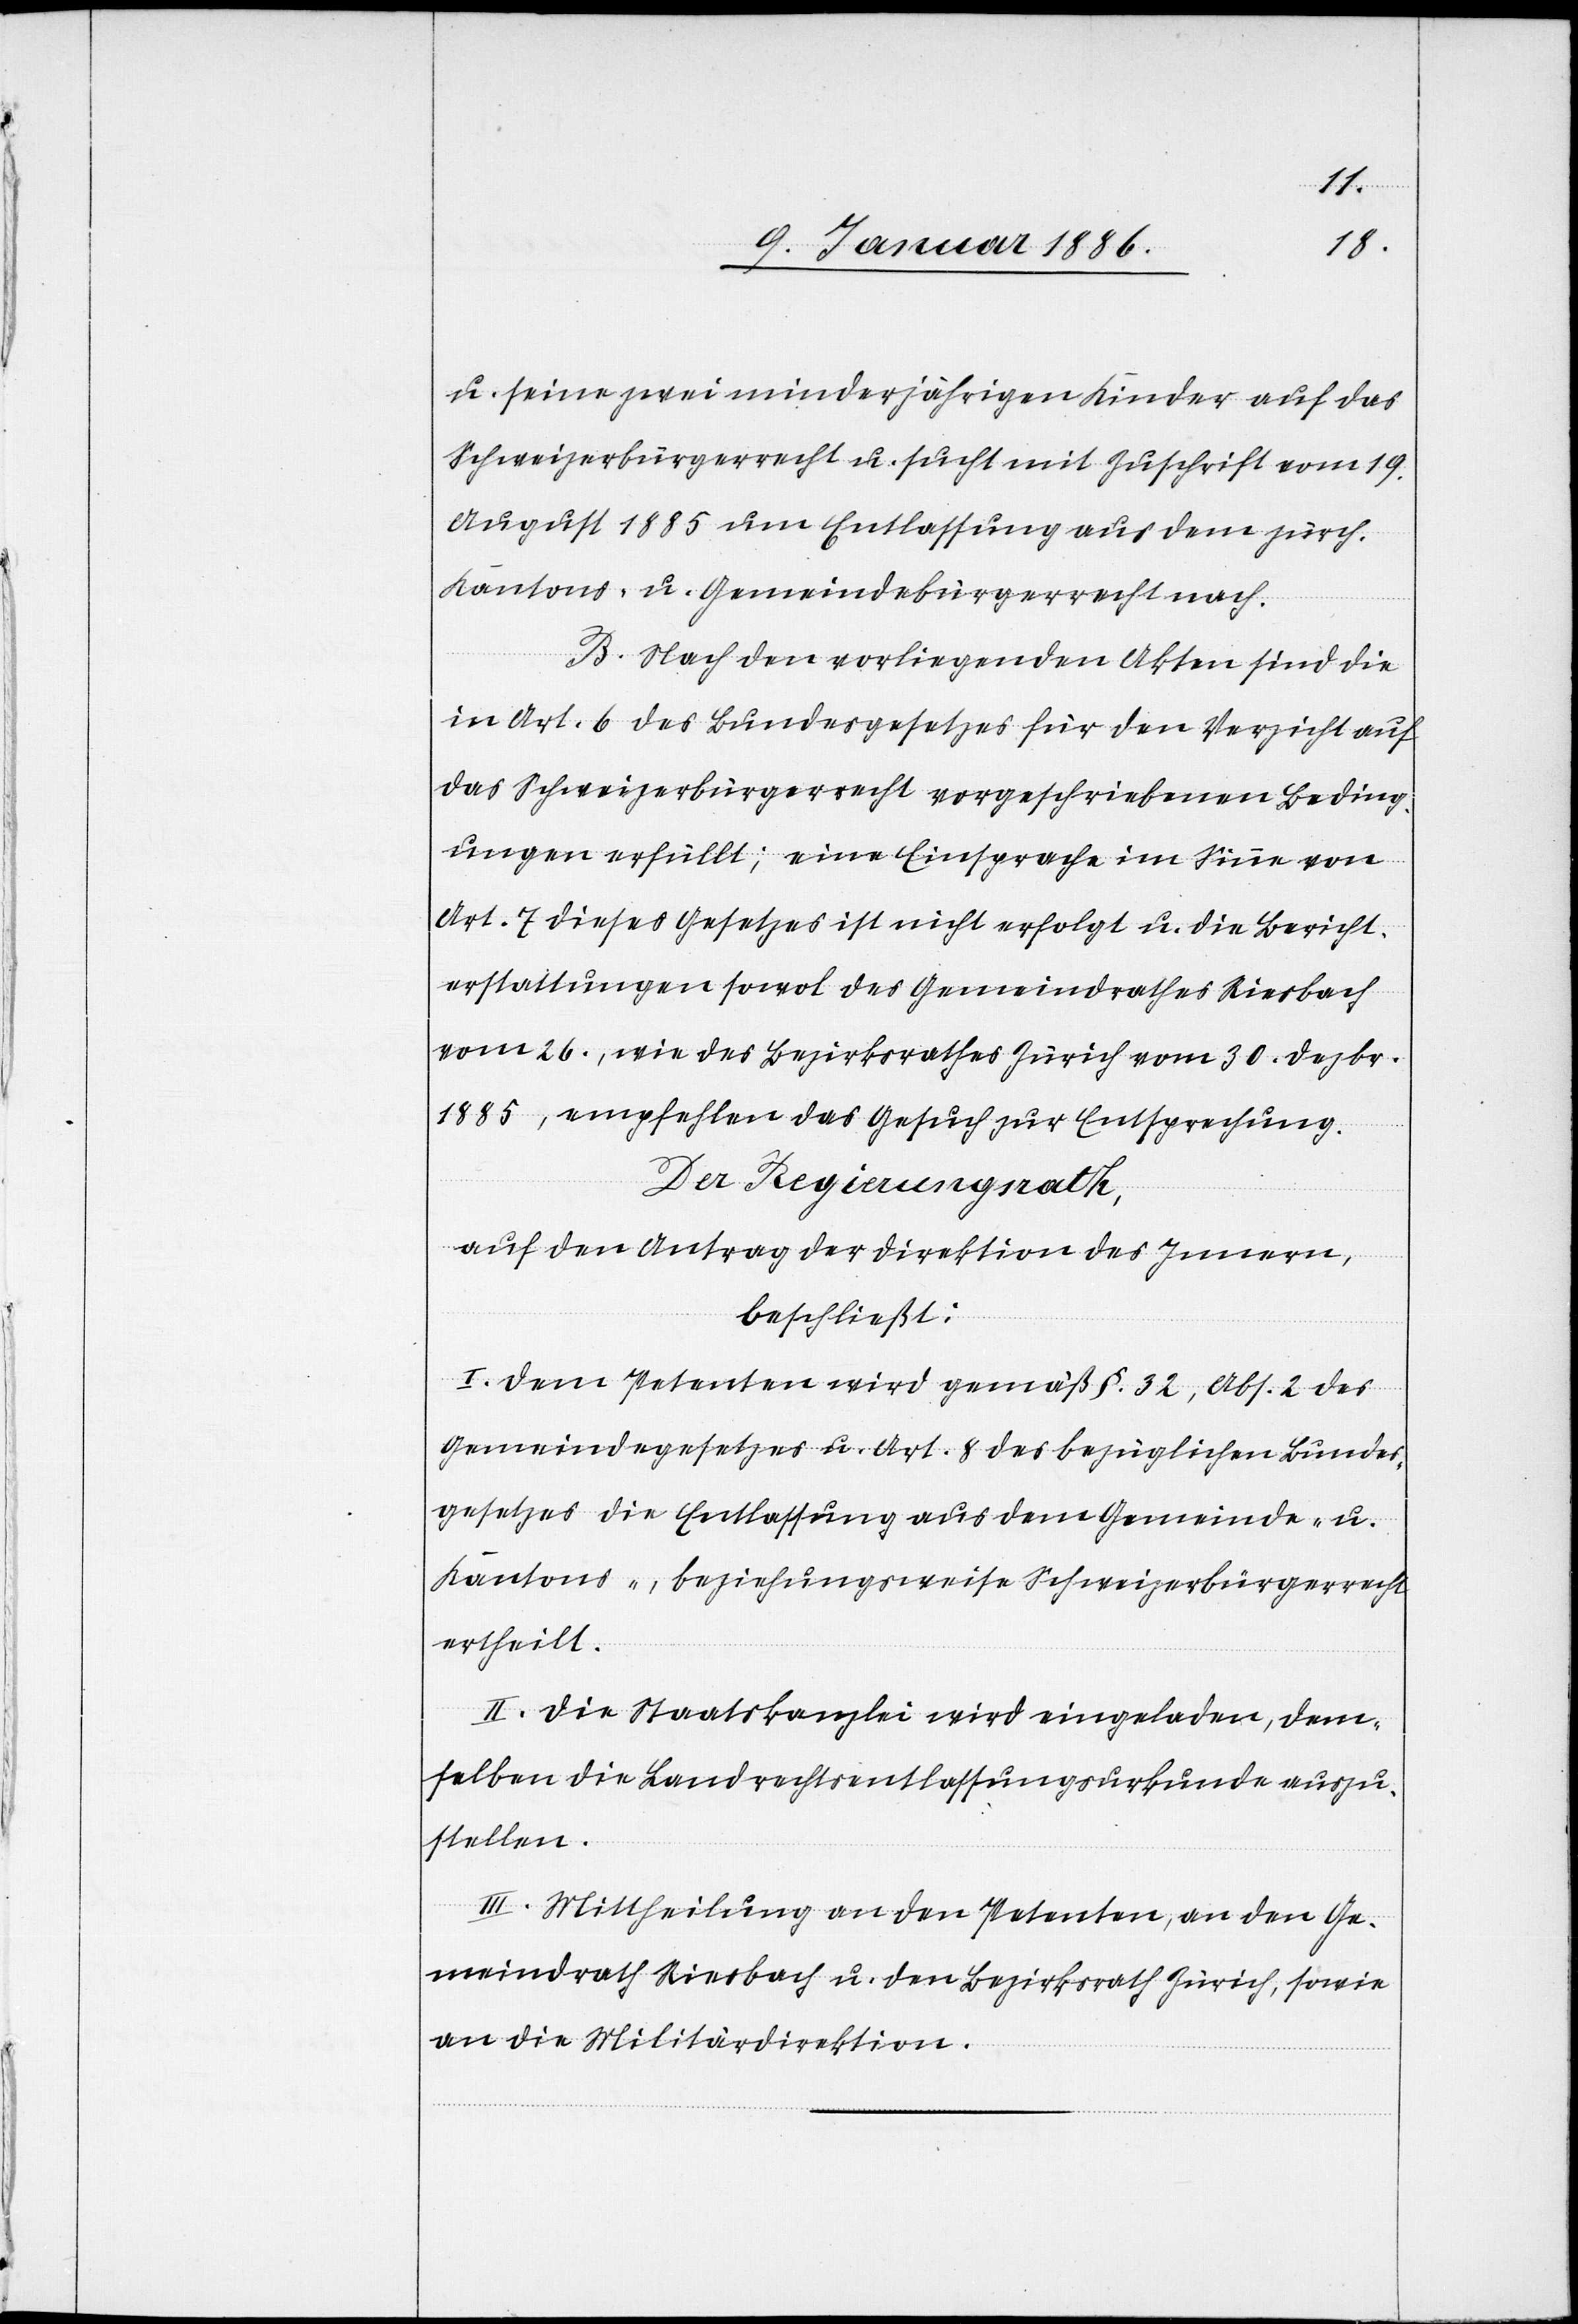
u. seinen zwei minderjährigen Kinder auf das
Schweizerbürgerrecht u. sucht mit Zuschrift vom 19.
August 1885 um Entlassung aus dem zürch.
Kantons- u. Gemeindebürgerrecht nach.
B. Nach den vorliegenden Akten sind die
in Art. 6 des Bundesgesetzes für den Verzicht auf
das Schweizerbürgerrecht vorgeschriebenen Beding¬
ungen erfüllt; eine Einsprache im Sinne von
Art. 7 dieses Gesetzes ist nicht erfolgt u. die Bericht¬
erstattungen sowol des Gemeindrathes Riesbach
vom 26., wie des Bezirksrathes Zürich vom 20. Dezember
1885, empfehlen das Gesuch zur Entsprechung.
Der Regierungsrath,
auf den Antrag der Direktion des Innern,
beschließt:
I. Dem Petenten wird gemäß § 32, Abs. 2 des
Gemeindegesetzes u. Art. 8 des bezüglichen Bundes¬
gesetzes die Entlassung aus dem Gemeinde- u.
Kantons-, beziehungsweise Schweizerbürgerrechts
ertheilt.
II. Die Staatskanzlei wird eingeladen, dem¬
selben die Landrechtsentlassungsurkunde auszu¬
stellen.
III. Mittheilung an den Petenten, an den Ge¬
meindrath Riesbach u. den Bezirksrath Zürich, sowie
an die Militärdirektion.